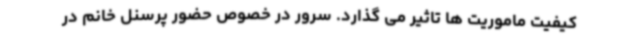
کیفیت ماموریت ها تاثیر می گذارد. سرور در خصوص حضور پرسنل خانم در